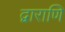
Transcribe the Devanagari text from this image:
द्वाराणि